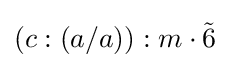
(c:(a/a)):m\cdot {\tilde {6}}